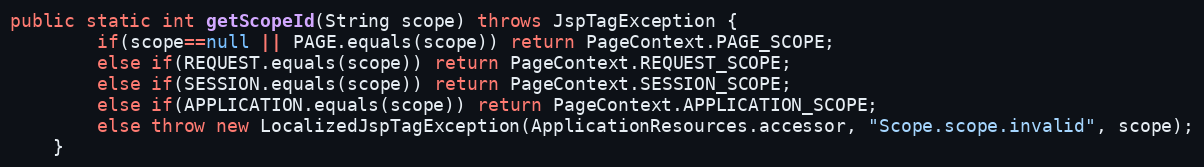
Language: Java
public static int getScopeId(String scope) throws JspTagException {
		if(scope==null || PAGE.equals(scope)) return PageContext.PAGE_SCOPE;
		else if(REQUEST.equals(scope)) return PageContext.REQUEST_SCOPE;
		else if(SESSION.equals(scope)) return PageContext.SESSION_SCOPE;
		else if(APPLICATION.equals(scope)) return PageContext.APPLICATION_SCOPE;
		else throw new LocalizedJspTagException(ApplicationResources.accessor, "Scope.scope.invalid", scope);
	}